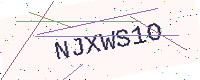
Text: NJXWS1O